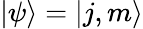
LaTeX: |\psi\rangle=|j,m\rangle